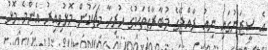
އެ ސީޒަނުގައި ނިއު ރާއްޖޭގެ މުބާރާތްތަކުގެ ހުރިހާ މެޗަކުން މޮޅުވިއިރު އެންމެ މޮޅު